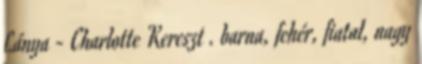
Lánya - Charlotte Kereszt . barna, fehér, fiatal, nagy